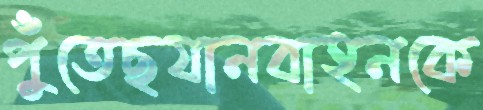
পুঁতেছযানবাহনকে